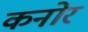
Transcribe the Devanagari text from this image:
कनोर